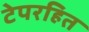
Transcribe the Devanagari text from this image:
टेपरहित